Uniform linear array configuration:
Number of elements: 32
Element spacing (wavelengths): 1
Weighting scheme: binomial
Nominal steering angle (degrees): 0
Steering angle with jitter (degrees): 0.007748
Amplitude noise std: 0.05
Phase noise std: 0.05

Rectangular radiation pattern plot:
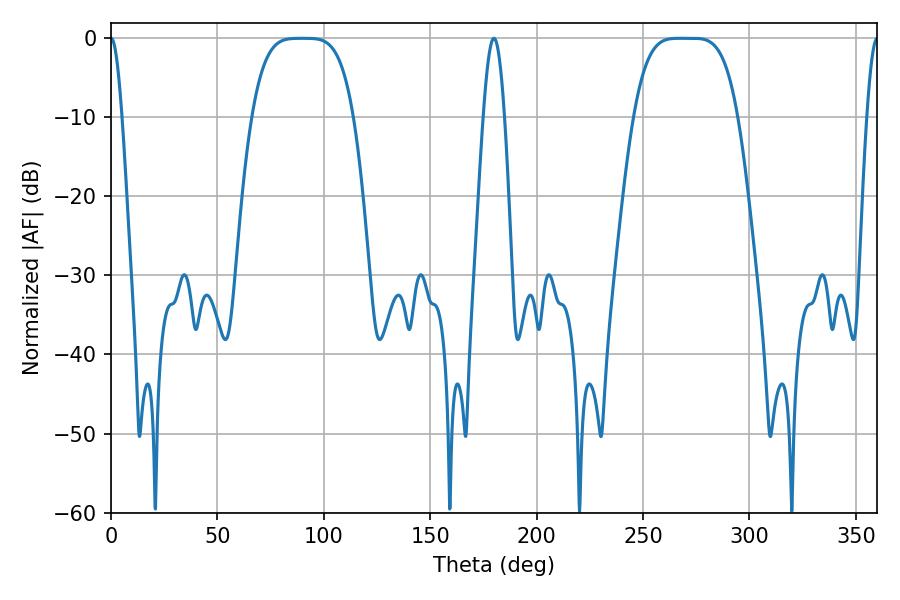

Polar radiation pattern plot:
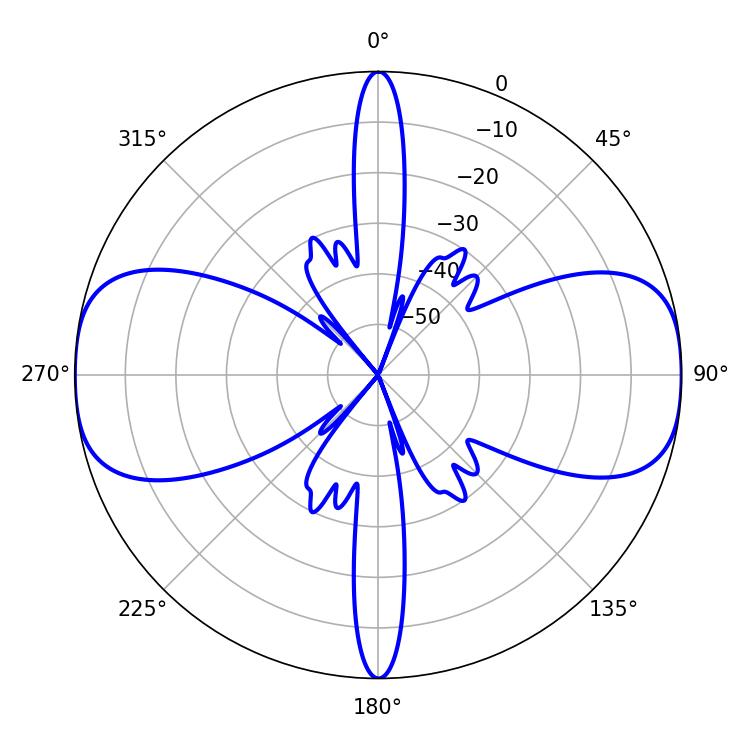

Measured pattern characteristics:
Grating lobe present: TRUE
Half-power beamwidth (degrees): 36
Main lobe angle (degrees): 272.7